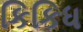
કિકિધ